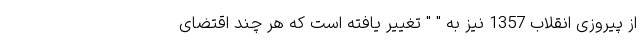
از پیروزی انقلاب 1357 نیز به " " تغییر یافته است که هر چند اقتضای